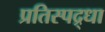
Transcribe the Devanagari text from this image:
प्रतिस्पद्र्धा